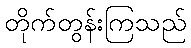
တိုက်တွန်းကြသည်